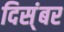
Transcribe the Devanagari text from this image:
दिस्ंबर